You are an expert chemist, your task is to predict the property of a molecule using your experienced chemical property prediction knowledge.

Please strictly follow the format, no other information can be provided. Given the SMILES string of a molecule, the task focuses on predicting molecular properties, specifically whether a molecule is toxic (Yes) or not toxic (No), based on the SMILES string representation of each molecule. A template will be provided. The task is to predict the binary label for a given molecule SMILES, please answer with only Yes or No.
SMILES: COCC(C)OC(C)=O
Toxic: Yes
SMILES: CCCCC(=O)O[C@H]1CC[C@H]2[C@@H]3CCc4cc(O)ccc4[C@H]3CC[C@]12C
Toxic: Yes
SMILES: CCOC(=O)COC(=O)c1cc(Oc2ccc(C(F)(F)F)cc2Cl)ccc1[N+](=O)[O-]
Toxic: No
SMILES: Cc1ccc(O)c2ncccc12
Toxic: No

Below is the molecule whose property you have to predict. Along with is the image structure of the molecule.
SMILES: Cc1cc(N)c2cc(NC(=O)Nc3ccc4nc(C)cc(N)c4c3)ccc2n1
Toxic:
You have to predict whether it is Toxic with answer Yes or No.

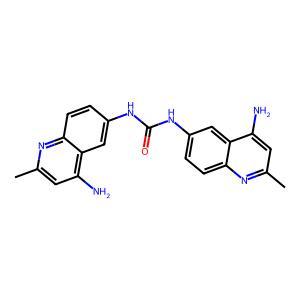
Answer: No